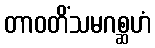
တာဝတိံသမဂစ္ဆဟံ